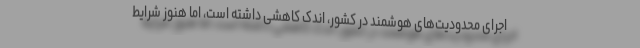
اجرای محدودیت‌های هوشمند در کشور، اندک کاهشی داشته است، اما هنوز شرایط